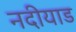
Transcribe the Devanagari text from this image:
नदीयाड